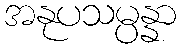
အနုပသမ္ပန္နာ